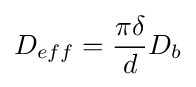
D_{eff}={\frac {\pi \delta }{d}}D_{b}